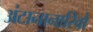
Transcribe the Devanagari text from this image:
अंटानानारिवो